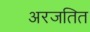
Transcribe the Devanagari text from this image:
अरजतित